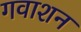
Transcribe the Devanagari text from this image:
गवाशन